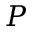
P